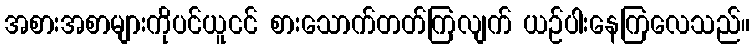
အစားအစာများကိုပင်ယူငင် စားသောက်တတ်ကြလျက် ယဉ်ပါးနေကြလေသည်။